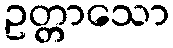
ဥတ္တာသော